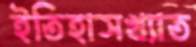
ইতিহাসখ্যাত